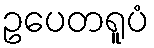
ဥပေတရူပံ